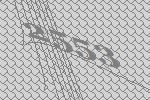
2553